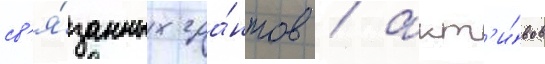
св'я́занных гра́нтов / акт'и́вов